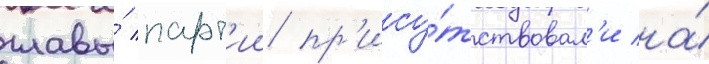
главы́ парт'ии пр'ису́тствовал'и на́